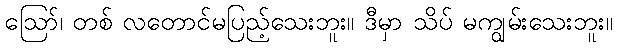
ဪ၊ တစ် လတောင်မပြည့်သေးဘူး။ ဒီမှာ သိပ် မကျွမ်းသေးဘူး။